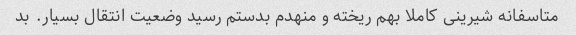
متاسفانه شیرینی کاملا بهم ریخته و منهدم بدستم رسید وضعیت انتقال بسیار. بد